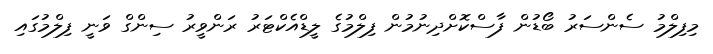
މިފިލްމު ސެންސަރު ބޯޑުން ފާސްކޮށްދިނުމުން ފިލްމުގެ ލީޑްއެކްޓަރު ރަންވީރު ސިންގް ވަނީ ފިލްމުގައި